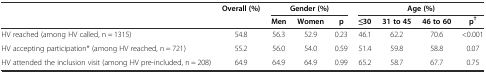
<table><thead><tr><td>[EMPTY_CELL]</td><td><b>Overall (%)</b></td><td colspan="3"><b>Gender (%)</b></td><td colspan="4"><b>Age (%)</b></td></tr><tr><td>[EMPTY_CELL]</td><td>[EMPTY_CELL]</td><td><b>Men</b></td><td><b>Women</b></td><td><b>p</b></td><td><b>≤30</b></td><td><b>31 to 45</b></td><td><b>46 to 60</b></td><td><b>p<sup>†</sup></b></td></tr></thead><tbody><tr><td>HV reached (among HV called, n = 1315)</td><td>54.8</td><td>56.3</td><td>52.9</td><td>0.23</td><td>46.1</td><td>62.2</td><td>70.6</td><td>&lt;0.001</td></tr><tr><td>HV accepting participation* (among HV reached, n = 721)</td><td>55.2</td><td>56.0</td><td>54.0</td><td>0.59</td><td>51.4</td><td>59.8</td><td>58.8</td><td>0.07</td></tr><tr><td>HV attended the inclusion visit (among HV pre-included, n = 208)</td><td>64.9</td><td>64.9</td><td>64.9</td><td>0.99</td><td>65.2</td><td>58.7</td><td>67.7</td><td>0.75</td></tr></tbody></table>